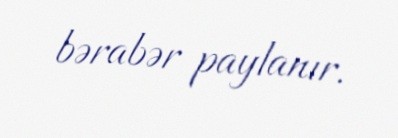
bərabər paylanır.